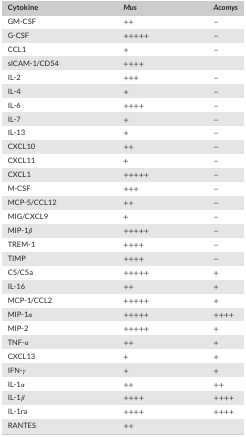
<table><thead><tr><td><b>Cytokine</b></td><td><b><i>Mus</i></b></td><td><b><i>Acomys</i></b></td></tr></thead><tbody><tr><td>GM‐CSF</td><td>++</td><td>−</td></tr><tr><td>G‐CSF</td><td>+++++</td><td>−</td></tr><tr><td>CCL1</td><td>+</td><td>−</td></tr><tr><td>slCAM‐1/CD54</td><td>++++</td><td></td></tr><tr><td>IL‐2</td><td>+++</td><td>−</td></tr><tr><td>IL‐4</td><td>+</td><td>−</td></tr><tr><td>IL‐6</td><td>++++</td><td>−</td></tr><tr><td>IL‐7</td><td>+</td><td>−</td></tr><tr><td>IL‐13</td><td>+</td><td>−</td></tr><tr><td>CXCL10</td><td>++</td><td>−</td></tr><tr><td>CXCL11</td><td>+</td><td>−</td></tr><tr><td>CXCL1</td><td>+++++</td><td>−</td></tr><tr><td>M‐CSF</td><td>+++</td><td>−</td></tr><tr><td>MCP‐5/CCL12</td><td>++</td><td>−</td></tr><tr><td>MIG/CXCL9</td><td>+</td><td>−</td></tr><tr><td>MIP‐1β</td><td>+++++</td><td>−</td></tr><tr><td>TREM‐1</td><td>++++</td><td>−</td></tr><tr><td>TIMP</td><td>++++</td><td>−</td></tr><tr><td>C5/C5a</td><td>+++++</td><td>+</td></tr><tr><td>IL‐16</td><td>++</td><td>+</td></tr><tr><td>MCP‐1/CCL2</td><td>+++++</td><td>+</td></tr><tr><td>MIP‐1α</td><td>+++++</td><td>++++</td></tr><tr><td>MIP‐2</td><td>+++++</td><td>+</td></tr><tr><td>TNF‐α</td><td>++</td><td>+</td></tr><tr><td>CXCL13</td><td>+</td><td>+</td></tr><tr><td>IFN‐γ</td><td>+</td><td>+</td></tr><tr><td>IL‐1α</td><td>++</td><td>++</td></tr><tr><td>IL‐1β</td><td>++++</td><td>++++</td></tr><tr><td>IL‐1ra</td><td>++++</td><td>++++</td></tr><tr><td>RANTES</td><td>++</td><td></td></tr></tbody></table>